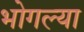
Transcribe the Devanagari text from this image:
भोगल्या